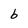
Character: b